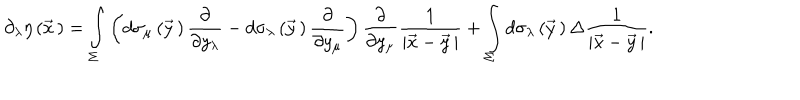
LaTeX: \partial _ { \lambda } \eta \left( \vec { x } { \, } \right) = \int _ { \Sigma } ^ { } \left( d \sigma _ { \mu } \left( \vec { y } { \, } \right) \frac { \partial } { \partial y _ { \lambda } } - d \sigma _ { \lambda } \left( \vec { y } { \, } \right) \frac { \partial } { \partial y _ { \mu } } \right) \frac { \partial } { \partial y _ { \mu } } \frac { 1 } { \left| \vec { x } - \vec { y } { \, } \right| } + \int _ { \Sigma } ^ { } d \sigma _ { \lambda } \left( \vec { y } { \, } \right) \Delta \frac { 1 } { \left| \vec { x } - \vec { y } { \, } \right| } .